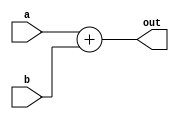
`timescale 1ns / 1ps

module Adder(input[17:0] a, input[17:0] b, output reg[17:0] out);
   always @(a or b)
    begin
      out = a + b;
     end

endmodule